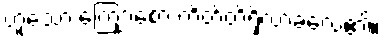
ဟူသော ကြျောစော ကိတ်တိရှိလာခဲ့လေ၏။